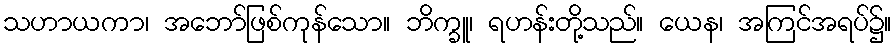
သဟာယကာ၊ အဘော်ဖြစ်ကုန်သော။ ဘိက္ခူ၊ ရဟန်းတို့သည်။ ယေန၊ အကြင်အရပ်၌။